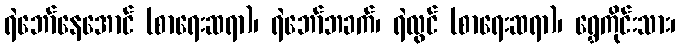
ရဲဘော်နေအောင် (စာရေးဆရာ)၊ ရဲဘော်ဘခက်၊ ရဲလွင် (စာရေးဆရာ)၊ ရွှေကိုင်းသား၊